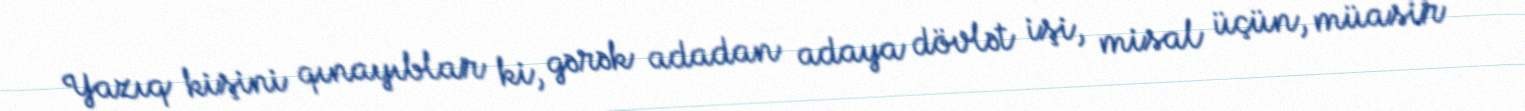
Yazıq kişini qınayıblar ki, gərək adadan adaya dövlət işi, misal üçün, müasir